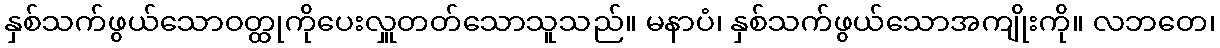
နှစ်သက်ဖွယ်သောဝတ္ထုကိုပေးလှူတတ်သောသူသည်။ မနာပံ၊ နှစ်သက်ဖွယ်သောအကျိုးကို။ လဘတေ၊